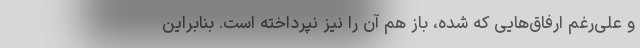
و علی‌رغم ارفاق‌هایی که شده، باز هم آن را نیز نپرداخته است. بنابراین